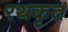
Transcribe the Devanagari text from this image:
रथकृत